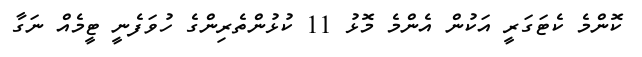
ކޮންމެ ކެޓަގަރީ އަކުން އެންމެ މޮޅު 11 ކުޅުންތެރިންގެ ހުވަފެނީ ޓީމެއް ނަގާ